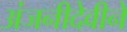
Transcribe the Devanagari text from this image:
अंजनीदेवीने